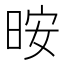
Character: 㫨